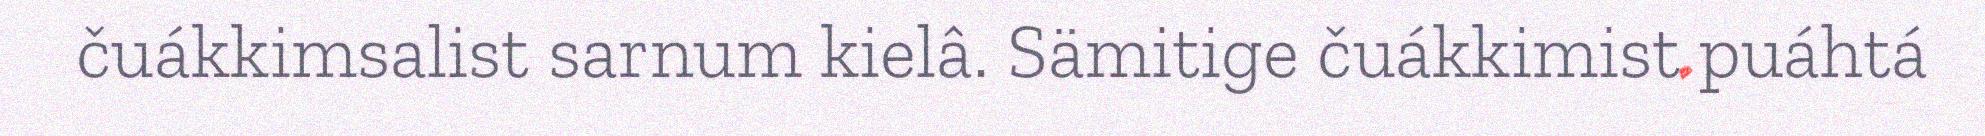
čuákkimsalist sarnum kielâ. Sämitige čuákkimist puáhtá